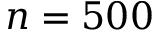
n = 5 0 0